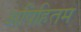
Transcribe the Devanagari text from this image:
अपिहितम